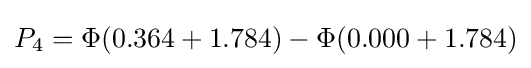
P_{4}=\Phi (0.364+1.784)-\Phi (0.000+1.784)